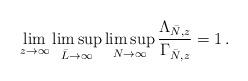
LaTeX: \begin{align*}\lim_{z\to \infty}\limsup_{\bar L\to \infty} \limsup_{N\to \infty} \frac{\Lambda_{\bar N, z}}{\Gamma_{\bar N, z}} = 1\,.\end{align*}